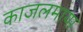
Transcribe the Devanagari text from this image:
काजलमाया